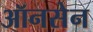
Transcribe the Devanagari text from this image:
ऑनसेन